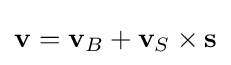
\mathbf {v} =\mathbf {v} _{B}+\mathbf {v} _{S}\times \mathbf {s}